Civil Veterinary Dept. Bombay admin report 1900-1906 - 1900-1906
Year: 1900
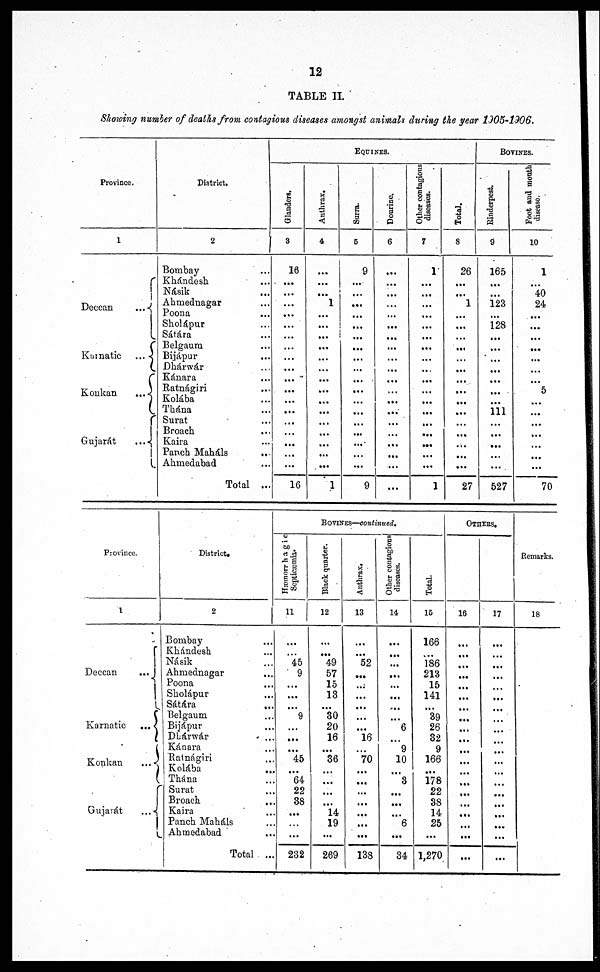
12
TABLE II.
Showing number of deaths from contagious diseases amongst animals during the year 1905-1906.
Province.
1
Deccan ...
Karmatic ...
Konkan
...
Gujarát
...
District.
2
Bombay ...
Khándesh ...
Násik ...
Ahmednagar ...
Poona ...
Sholápur ...
Sátára ...
Belgaum ...
Bijápur ...
Dhárwár ...
Kánara ...
Ratnágiri
Kolába ...
Thána ...
Surat ...
Broach ...
Kaira ...
Panch Maháls ...
Ahmedabad ...
Total ...
EQUINES.
Glanders.
3
16
...
...
...
...
...
...
...
...
...
...
...
...
...
...
...
...
...
16
Anthrax,
4
...
...
...
1
...
...
...
...
...
...
...
...
...
...
...
...
...
...
1
Surra.
6
9
...
...
...
...
...
...
...
...
...
...
...
...
...
...
...
...
...
...
9
Dourine.
6
...
...
...
...
...
...
...
...
...
...
...
...
... ...
...
...
...
...
...
...
Other contagious
diseases.
7
1
...
...
...
...
...
...
...
...
...
...
...
... ...
...
...
...
...
...
1
Total.
8
26
...
...
1
...
...
...
...
...
...
...
...
...
...
...
...
...
...
...
27
BOVINES.
Rinderpest.
9
165
...
...
123
...
128
...
...
...
...
...
...
...
111 ...
...
...
...
...
527
Foot and mouth
disease
10
1
...
40
24
...
...
...
...
...
...
...
5
...
...
...
...
...
...
...
70
Province.
1
Deccan
...
Karnatic ...
Konkan
...
Gujarát ...
District.
2
Bombay
Khándesh ...
Násik ...
Ahmednagar
Poona ...
Sholápur ...
Sáhára ...
Belgaum ...
Bijápur ...
Dhárwár ...
Kánara ...
Ratnágiri ...
Kolába ...
Thána ...
Surat ...
Broach ...
Kaira ...
Panch Maháls ...
Ahmedabad ...
Total ...
BOVINES—continued.
Hæmorrhagic
Septicæmia.
11
...
...
45
9
...
...
...
9
...
...
...
45
...
64
22
38
...
...
...
232
Black quarter.
12
...
...
49
57
15
13
...
30
20
16
...
36
...
...
...
...
14
19
...
269
Anthrax,
13
...
...
52
...
...
...
...
...
...
16
...
70
...
...
...
...
...
...
...
138
Other contagious
diseases.
14
...
...
...
...
...
...
...
...
6
...
9
10
...
3
...
...
...
6
...
34
Total.
15
166
...
186
213
15
141
...
39
26
32
9
166
...
178
22
38
14
25
...
1,270
OTHERS.
16
...
...
...
...
...
...
...
...
...
...
...
...
...
...
...
...
...
...
...
...
17
...
...
...
...
...
...
...
...
...
...
...
:::
...
...
...
...
...
...
...
Remarks.
18